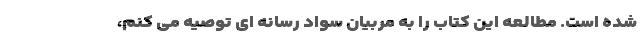
شده است. مطالعه این کتاب را به مربیان سواد رسانه ای توصیه می کنم،